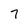
Character: 7